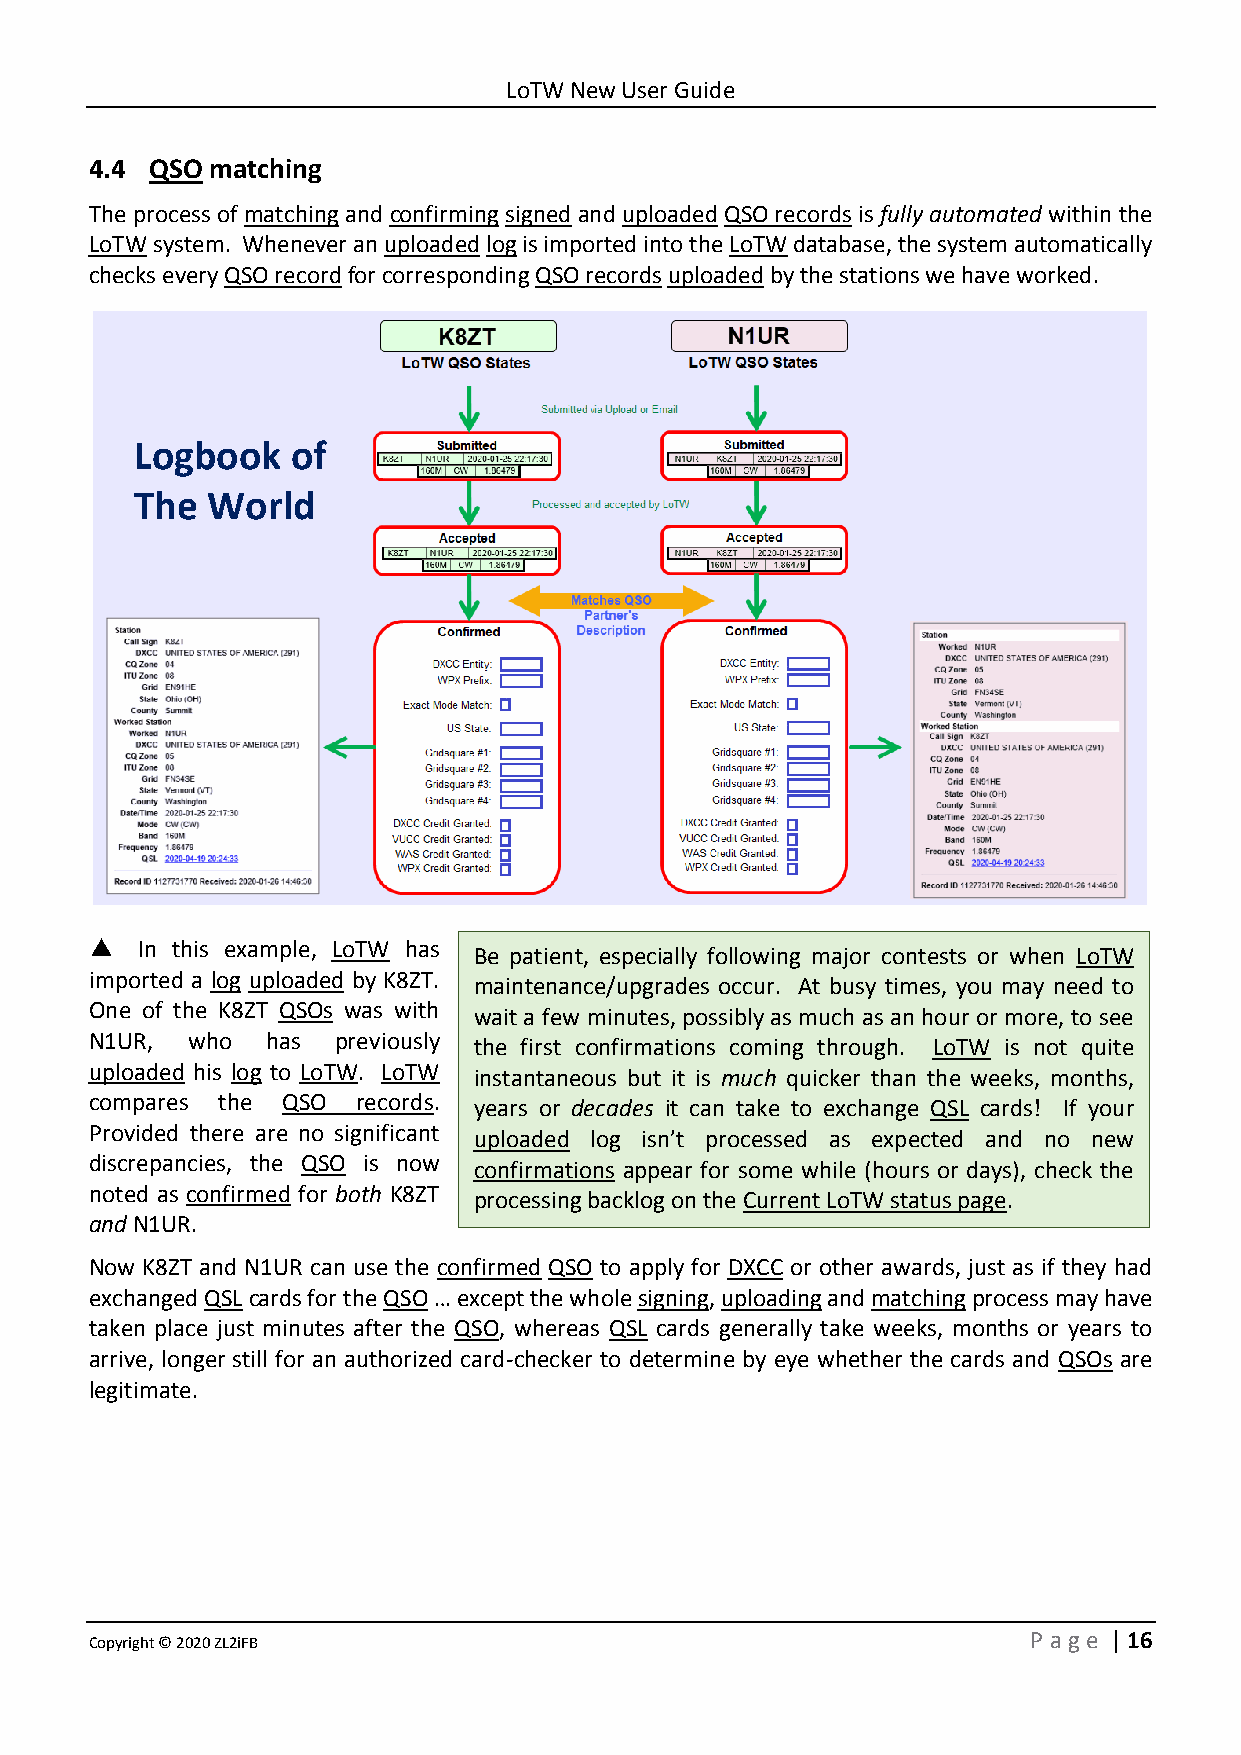
LoTW New User Guide
 4.4 QSO matching
 The process of matching and confirming signed and uploaded QSO records is fully automated within the
 LoTW system. Whenever an uploaded log is imported into the LoTW database, the system automatically
 checks every QSO record for corresponding QSO records uploaded by the stations we have worked.
 Logbook   of
 The  World
 ▲  In this example, LoTW has
 Be patient, especially following major contests or when LoTW
 imported a log uploaded by K8ZT. maintenance/upgrades occur. At busy times, you may need to
 One of the K8ZT QSOs was with wait a few minutes, possibly as much as an hour or more, to see
 N1UR, who   has previously the first confirmations coming through. LoTW is not quite
 uploaded his log to LoTW. LoTW instantaneous but it is much quicker than the weeks, months,
 compares the QSO  records. years or decades it can take to exchange QSL cards! If your
 Provided there are no significant
 uploaded log isn’t processed as expected and no new
 discrepancies, the QSO is now
 confirmations appear for some while (hours or days), check the
 noted as confirmed for both K8ZT
 processing backlog on the Current LoTW status page.
 and N1UR.
 Now K8ZT and N1UR can use the confirmed QSO to apply for DXCC or other awards, just as if they had
 exchanged QSL cards for the QSO … except the whole signing, uploading and matching process may have
 taken place just minutes after the QSO, whereas QSL cards generally take weeks, months or years to
 arrive, longer still for an authorized card-checker to determine by eye whether the cards and QSOs are
 legitimate.
 Copyright © 2020 ZL2iFB                                       P age | 16